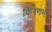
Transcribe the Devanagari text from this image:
किरणने